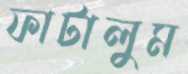
ফাটালুম